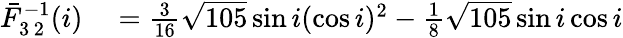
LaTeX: \begin{array}{rl}{\bar{F}_{3\, 2}^{-1}(i)}&{{}=\frac{3}{16}\sqrt{105}\sin i(\cos i)^{2}-\frac{1}{8}\sqrt{105}\sin i\cos i}\end{array}